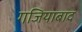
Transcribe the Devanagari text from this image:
गजियाबाद